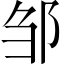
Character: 邹